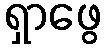
ရှာဖွေ